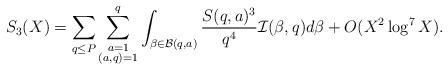
LaTeX: \begin{align*}S_3(X)=\sum_{q\le P}\sum_{\substack{a=1\\ (a,q)=1}}^q\int_{\beta\in\mathcal{B}(q,a)}\frac{S(q,a)^3}{q^4}\mathcal{I}(\beta,q)d\beta+ O(X^2\log^7X).\end{align*}